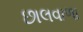
છાલવાળા